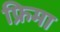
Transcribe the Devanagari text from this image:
फ्रिमा